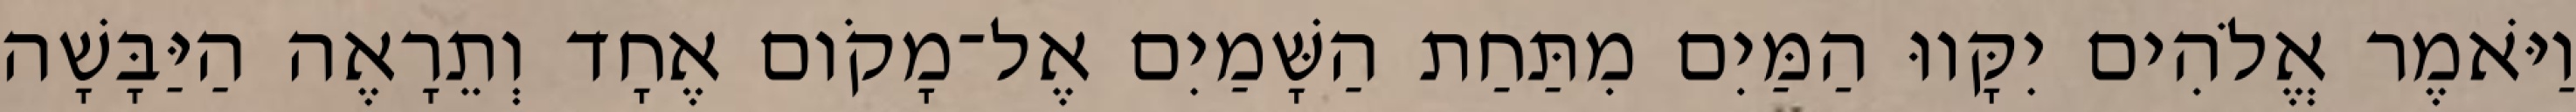
וַיֹּאמֶר אֱלֹהִים יִקָּווּ הַמַּיִם מִתַּחַת הַשָּׁמַיִם אֶל־מָקֹום אֶחָד וְתֵרָאֶה הַיַּבָּשָׁה